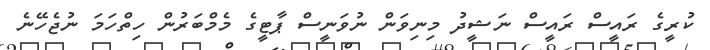
ކުރީގެ ރައީސް ރައީސް ނަޝީދު މިނިވަން ނުވަނީސް ޕާޓީގެ މެމްބަރުން ހިތްހަމަ ނުޖެހޭނެ